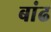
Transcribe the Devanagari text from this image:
बांढ